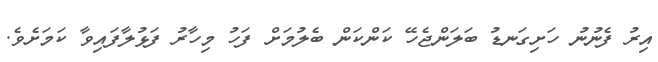
އިރު ފެނުނު ހަށިގަނޑު ބަލަންޖެހޭ ކަންކަން ބެލުމަށް ފަހު މިހާރު ފަޅުލާފައިވާ ކަމަށެވެ.